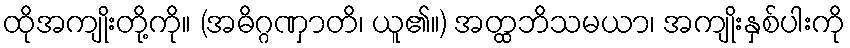
ထိုအကျိုးတို့ကို။ (အဓိဂ္ဂဏှာတိ၊ ယူ၏။) အတ္ထဘိသမယာ၊ အကျိုးနှစ်ပါးကို